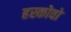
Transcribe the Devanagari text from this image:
हस्कोवो